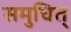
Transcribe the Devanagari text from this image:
समुचित्